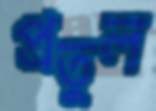
প্রতুুল